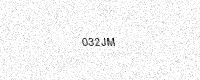
Text: 032JM